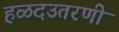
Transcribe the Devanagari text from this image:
हळदउतरणी